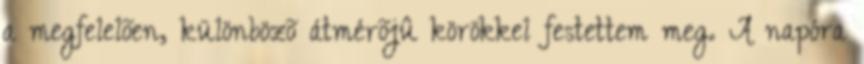
a megfelelõen, különbözõ átmérõjû körökkel festettem meg. A napóra